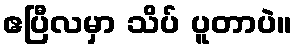
ဧပြီလမှာ သိပ် ပူတာပဲ။